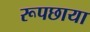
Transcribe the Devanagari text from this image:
रूपछाया